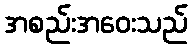
အစည်းအဝေးသည်